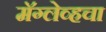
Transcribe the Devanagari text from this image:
मॅग्लेव्हचा